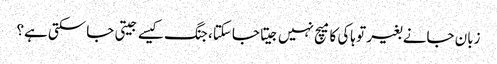
زبان جانے بغیر تو ہاکی کا میچ نہیں جیتا جاسکتا، جنگ کیسے جیتی جاسکتی ہے؟